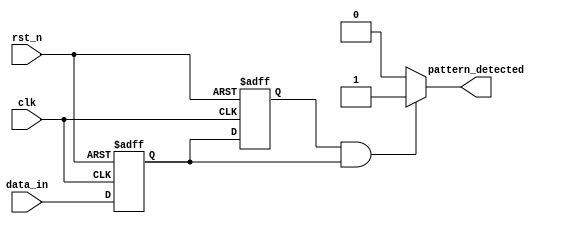
module dual_ff_detector (
    input wire clk,            // Clock signal
    input wire rst_n,         // Active-low reset signal
    input wire data_in,       // Input data stream
    output reg pattern_detected // Output signal indicating pattern detection
);

// Parameters for the pattern to detect (example: pattern "11")
parameter PATTERN_BIT_1 = 1'b1; // First bit of the pattern
parameter PATTERN_BIT_2 = 1'b1; // Second bit of the pattern

// Internal signals for the flip-flops
reg ff1_out; // Output of the first flip-flop
reg ff2_out; // Output of the second flip-flop

// Sequential logic for dual flip-flops
always @(posedge clk or negedge rst_n) begin
    if (!rst_n) begin
        ff1_out <= 1'b0; // Reset FF1
        ff2_out <= 1'b0; // Reset FF2
    end else begin
        ff1_out <= data_in; // Sample input data into FF1
        ff2_out <= ff1_out;  // Sample FF1 output into FF2
    end
end

// Combinational logic for pattern detection
always @(*) begin
    if (ff2_out == PATTERN_BIT_1 && ff1_out == PATTERN_BIT_2) begin
        pattern_detected = 1'b1; // Pattern detected
    end else begin
        pattern_detected = 1'b0; // No pattern detected
    end
end

endmodule